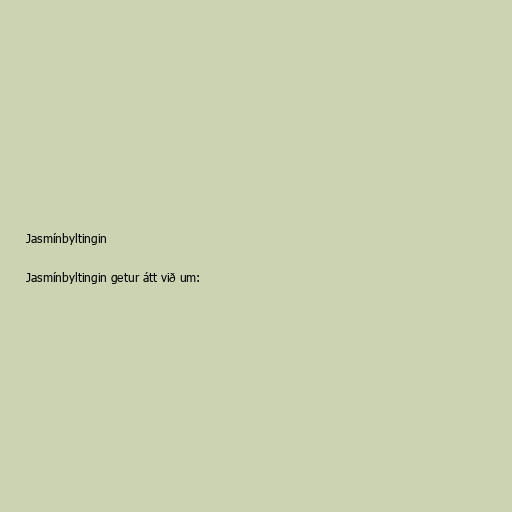
Jasmínbyltingin

Jasmínbyltingin getur átt við um: